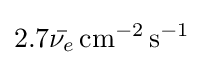
2.7{\bar {\nu _{e}}}\,\mathrm {cm} ^{-2}\,\mathrm {s} ^{-1}